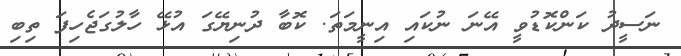
ނަސީދު ކަންކޮޑުވީ އޭނަ ނުކައި އިނީމަތަ. ކޮބާ ދުނިޔޭގަ އުޅޭ ހާލުގަޖެހިފަ ތިބި